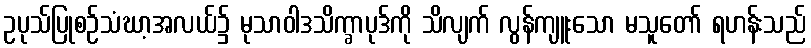
ဥပုသ်ပြုစဉ်သံဃာ့အလယ်၌ မုသာဝါဒသိက္ခာပုဒ်ကို သိလျက် လွန်ကျူးသော မသူတော် ရဟန်းသည်